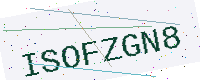
Text: ISOFZGN8